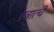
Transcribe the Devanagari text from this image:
स्त्रात्चे